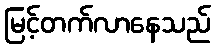
မြင့်တက်လာနေသည်